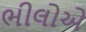
ભીલોએ